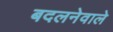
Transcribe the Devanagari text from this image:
बदलनेवाले